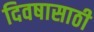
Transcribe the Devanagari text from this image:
दिवषासाठी